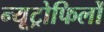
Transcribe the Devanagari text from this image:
न्यूट्रोफिलों